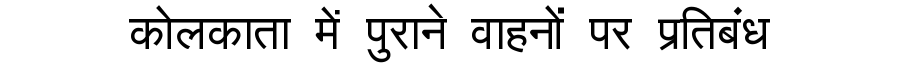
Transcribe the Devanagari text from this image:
कोलकाता में पुराने वाहनों पर प्रतिबंध